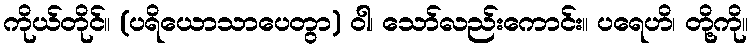
ကိုယ်တိုင်။ (ပရိယောသာပေတွာ) ဝါ၊ သော်လည်းကောင်း။ ပရေဟိ၊ တို့ကို။